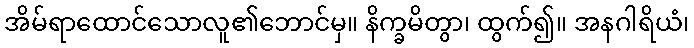
အိမ်ရာထောင်သောလူ၏ဘောင်မှ။ နိက္ခမိတွာ၊ ထွက်၍။ အနဂါရိယံ၊